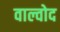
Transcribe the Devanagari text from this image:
वाल्वोद